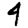
Digit: 4